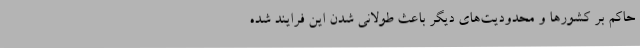
حاکم بر کشور‌ها و محدودیت‌های دیگر باعث طولانی شدن این فرایند شده